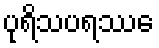
ပုရိသပရဿေ